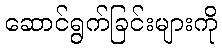
ဆောင်ရွက်ခြင်းများကို